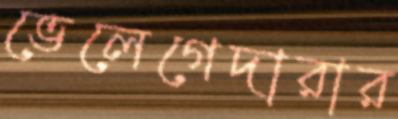
ভেলেগেদারার